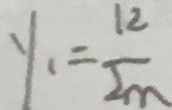
y _ { 1 } = \frac { 1 2 } { 2 m }